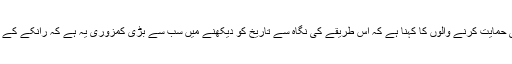
(3) مگر تاریخ کو پیش کرنے کا یہ عمل رانکےؔ کا طریقہ کار ہے جبکہ زبانی تاریخ کی حمایت کرنے والوں کا کہنا ہے کہ اس طریقے کی نگاہ سے تاریخ کو دیکھنے میں سب سے بڑی کمزوری یہ ہے کہ رانکے کے طریقہ کار کے علاوہ تاریخ کو سمجھنے اور اسکی تشکیل کے کئی اور بھی طریقے ہیں۔